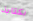
بكتابة